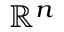
\mathbb { R } ^ { n }